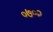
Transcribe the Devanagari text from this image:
०७०२